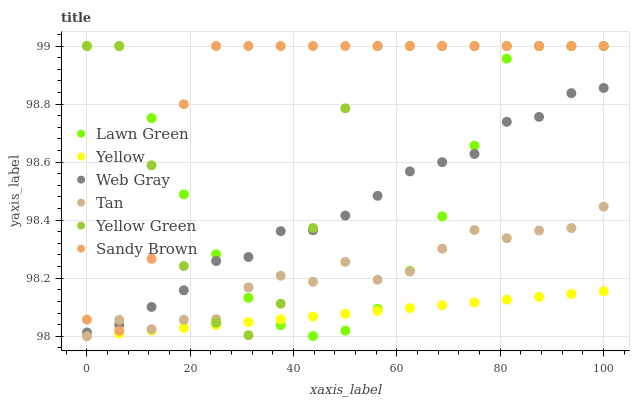
| xaxis_label | Lawn Green | Yellow | Web Gray | Tan | Yellow Green | Sandy Brown |
 | --- | --- | --- | --- | --- | --- | --- |
 | 0 | 99 | 98 | 98 | 98 | 99 | 98.1 |
 | 6.25 | 99 | 98 | 98 | 98.1 | 99 | 98 |
 | 12.5 | 98.8 | 98 | 98.1 | 98 | 98.6 | 98.3 |
 | 18.8 | 98.5 | 98 | 98.2 | 98.1 | 98.2 | 98.8 |
 | 25 | 98.3 | 98 | 98.3 | 98.1 | 98 | 99 |
 | 31.2 | 98.1 | 98 | 98.3 | 98.2 | 98 | 99 |
 | 37.5 | 98 | 98.1 | 98.4 | 98.2 | 98.1 | 99 |
 | 43.8 | 98 | 98.1 | 98.4 | 98.2 | 98.4 | 99 |
 | 50 | 98 | 98.1 | 98.4 | 98.3 | 98.8 | 99 |
 | 56.2 | 98.1 | 98.1 | 98.5 | 98.2 | 99 | 99 |
 | 62.5 | 98.2 | 98.1 | 98.6 | 98.2 | 99 | 99 |
 | 68.8 | 98.4 | 98.1 | 98.6 | 98.3 | 99 | 99 |
 | 75 | 98.7 | 98.1 | 98.6 | 98.4 | 99 | 99 |
 | 81.2 | 99 | 98.1 | 98.7 | 98.3 | 99 | 99 |
 | 87.5 | 99 | 98.1 | 98.8 | 98.4 | 99 | 99 |
 | 93.8 | 99 | 98.1 | 98.8 | 98.4 | 99 | 99 |
 | 100 | 99 | 98.2 | 98.9 | 98.4 | 99 | 99 |